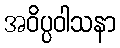
အဝိပ္ပဝါသနာ